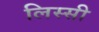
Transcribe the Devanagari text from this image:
लिस्सी